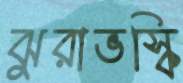
ঝুরাভস্কি